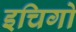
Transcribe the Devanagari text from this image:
इचिगो